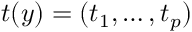
t ( y ) = ( t _ { 1 } , \ldots , t _ { p } )